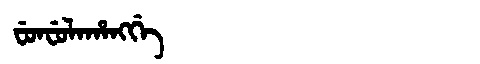
Manchu: ᠸᡠᠨᠸᡠᠯᠠᡥᠠᠩᡤᡝ
Romanization: FUNFULAHANGGE